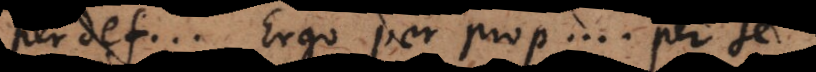
per def.... Ergo per prop.... per se